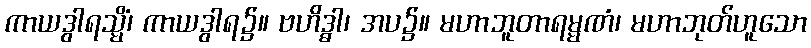
ကာယဒွါရသ္မိံ၊ ကာယဒွါရ၌။ ဗဟိဒ္ဓါ၊ အပ၌။ မဟာဘူတာရမ္မဏံ၊ မဟာဘုတ်ဟူသော